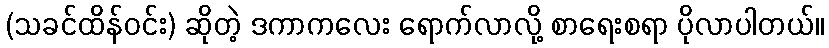
(သခင်ထိန်ဝင်း) ဆိုတဲ့ ဒကာကလေး ရောက်လာလို့ စာရေးစရာ ပိုလာပါတယ်။